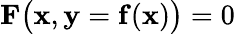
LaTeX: \mathbf{F}\big(\mathbf{x},\mathbf{y}=\mathbf{f}(\mathbf{x})\big)=0